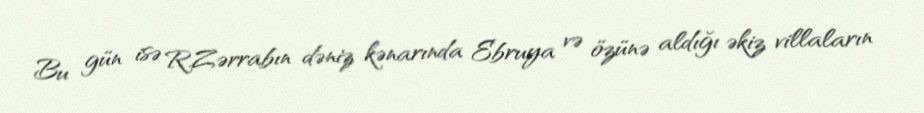
Bu gün isə R.Zərrabın dəniz kənarında Ebruya və özünə aldığı əkiz villaların